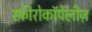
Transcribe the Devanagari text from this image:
स्फ़ीरोकॉर्पेलीज़